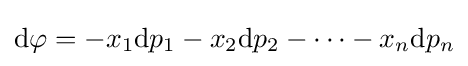
\mathrm {d} \varphi =-x_{1}\mathrm {d} p_{1}-x_{2}\mathrm {d} p_{2}-\cdots -x_{n}\mathrm {d} p_{n}